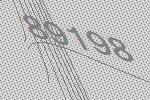
89198